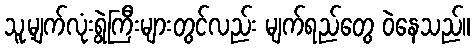
သူ့မျက်လုံးရွဲကြီးများတွင်လည်း မျက်ရည်တွေ ဝဲနေသည်။